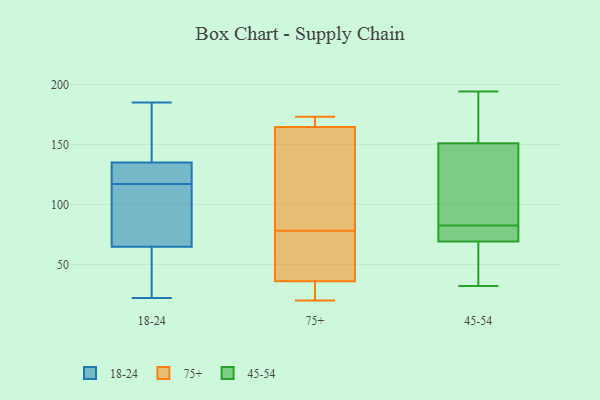
{"axis": {"x": "Budget (USD K)", "y": "Value"}, "legend": ["18-24", "45-54", "75+"], "data": [{"x": "", "y": 180, "type": "18-24"}, {"x": "", "y": 43, "type": "18-24"}, {"x": "", "y": 185, "type": "18-24"}, {"x": "", "y": 22, "type": "18-24"}, {"x": "", "y": 136, "type": "18-24"}, {"x": "", "y": 76, "type": "18-24"}, {"x": "", "y": 100, "type": "18-24"}, {"x": "", "y": 117, "type": "18-24"}, {"x": "", "y": 170, "type": "18-24"}, {"x": "", "y": 62, "type": "18-24"}, {"x": "", "y": 128, "type": "18-24"}, {"x": "", "y": 110, "type": "18-24"}, {"x": "", "y": 26, "type": "18-24"}, {"x": "", "y": 118, "type": "18-24"}, {"x": "", "y": 49, "type": "18-24"}, {"x": "", "y": 132, "type": "18-24"}, {"x": "", "y": 141, "type": "18-24"}, {"x": "", "y": 73, "type": "18-24"}, {"x": "", "y": 131, "type": "18-24"}, {"x": "", "y": 130, "type": "75+"}, {"x": "", "y": 24, "type": "75+"}, {"x": "", "y": 163, "type": "75+"}, {"x": "", "y": 169, "type": "75+"}, {"x": "", "y": 36, "type": "75+"}, {"x": "", "y": 171, "type": "75+"}, {"x": "", "y": 36, "type": "75+"}, {"x": "", "y": 75, "type": "75+"}, {"x": "", "y": 81, "type": "75+"}, {"x": "", "y": 173, "type": "75+"}, {"x": "", "y": 36, "type": "75+"}, {"x": "", "y": 78, "type": "75+"}, {"x": "", "y": 20, "type": "75+"}, {"x": "", "y": 59, "type": "45-54"}, {"x": "", "y": 138, "type": "45-54"}, {"x": "", "y": 80, "type": "45-54"}, {"x": "", "y": 163, "type": "45-54"}, {"x": "", "y": 57, "type": "45-54"}, {"x": "", "y": 69, "type": "45-54"}, {"x": "", "y": 144, "type": "45-54"}, {"x": "", "y": 194, "type": "45-54"}, {"x": "", "y": 72, "type": "45-54"}, {"x": "", "y": 181, "type": "45-54"}, {"x": "", "y": 70, "type": "45-54"}, {"x": "", "y": 151, "type": "45-54"}, {"x": "", "y": 32, "type": "45-54"}, {"x": "", "y": 85, "type": "45-54"}]}